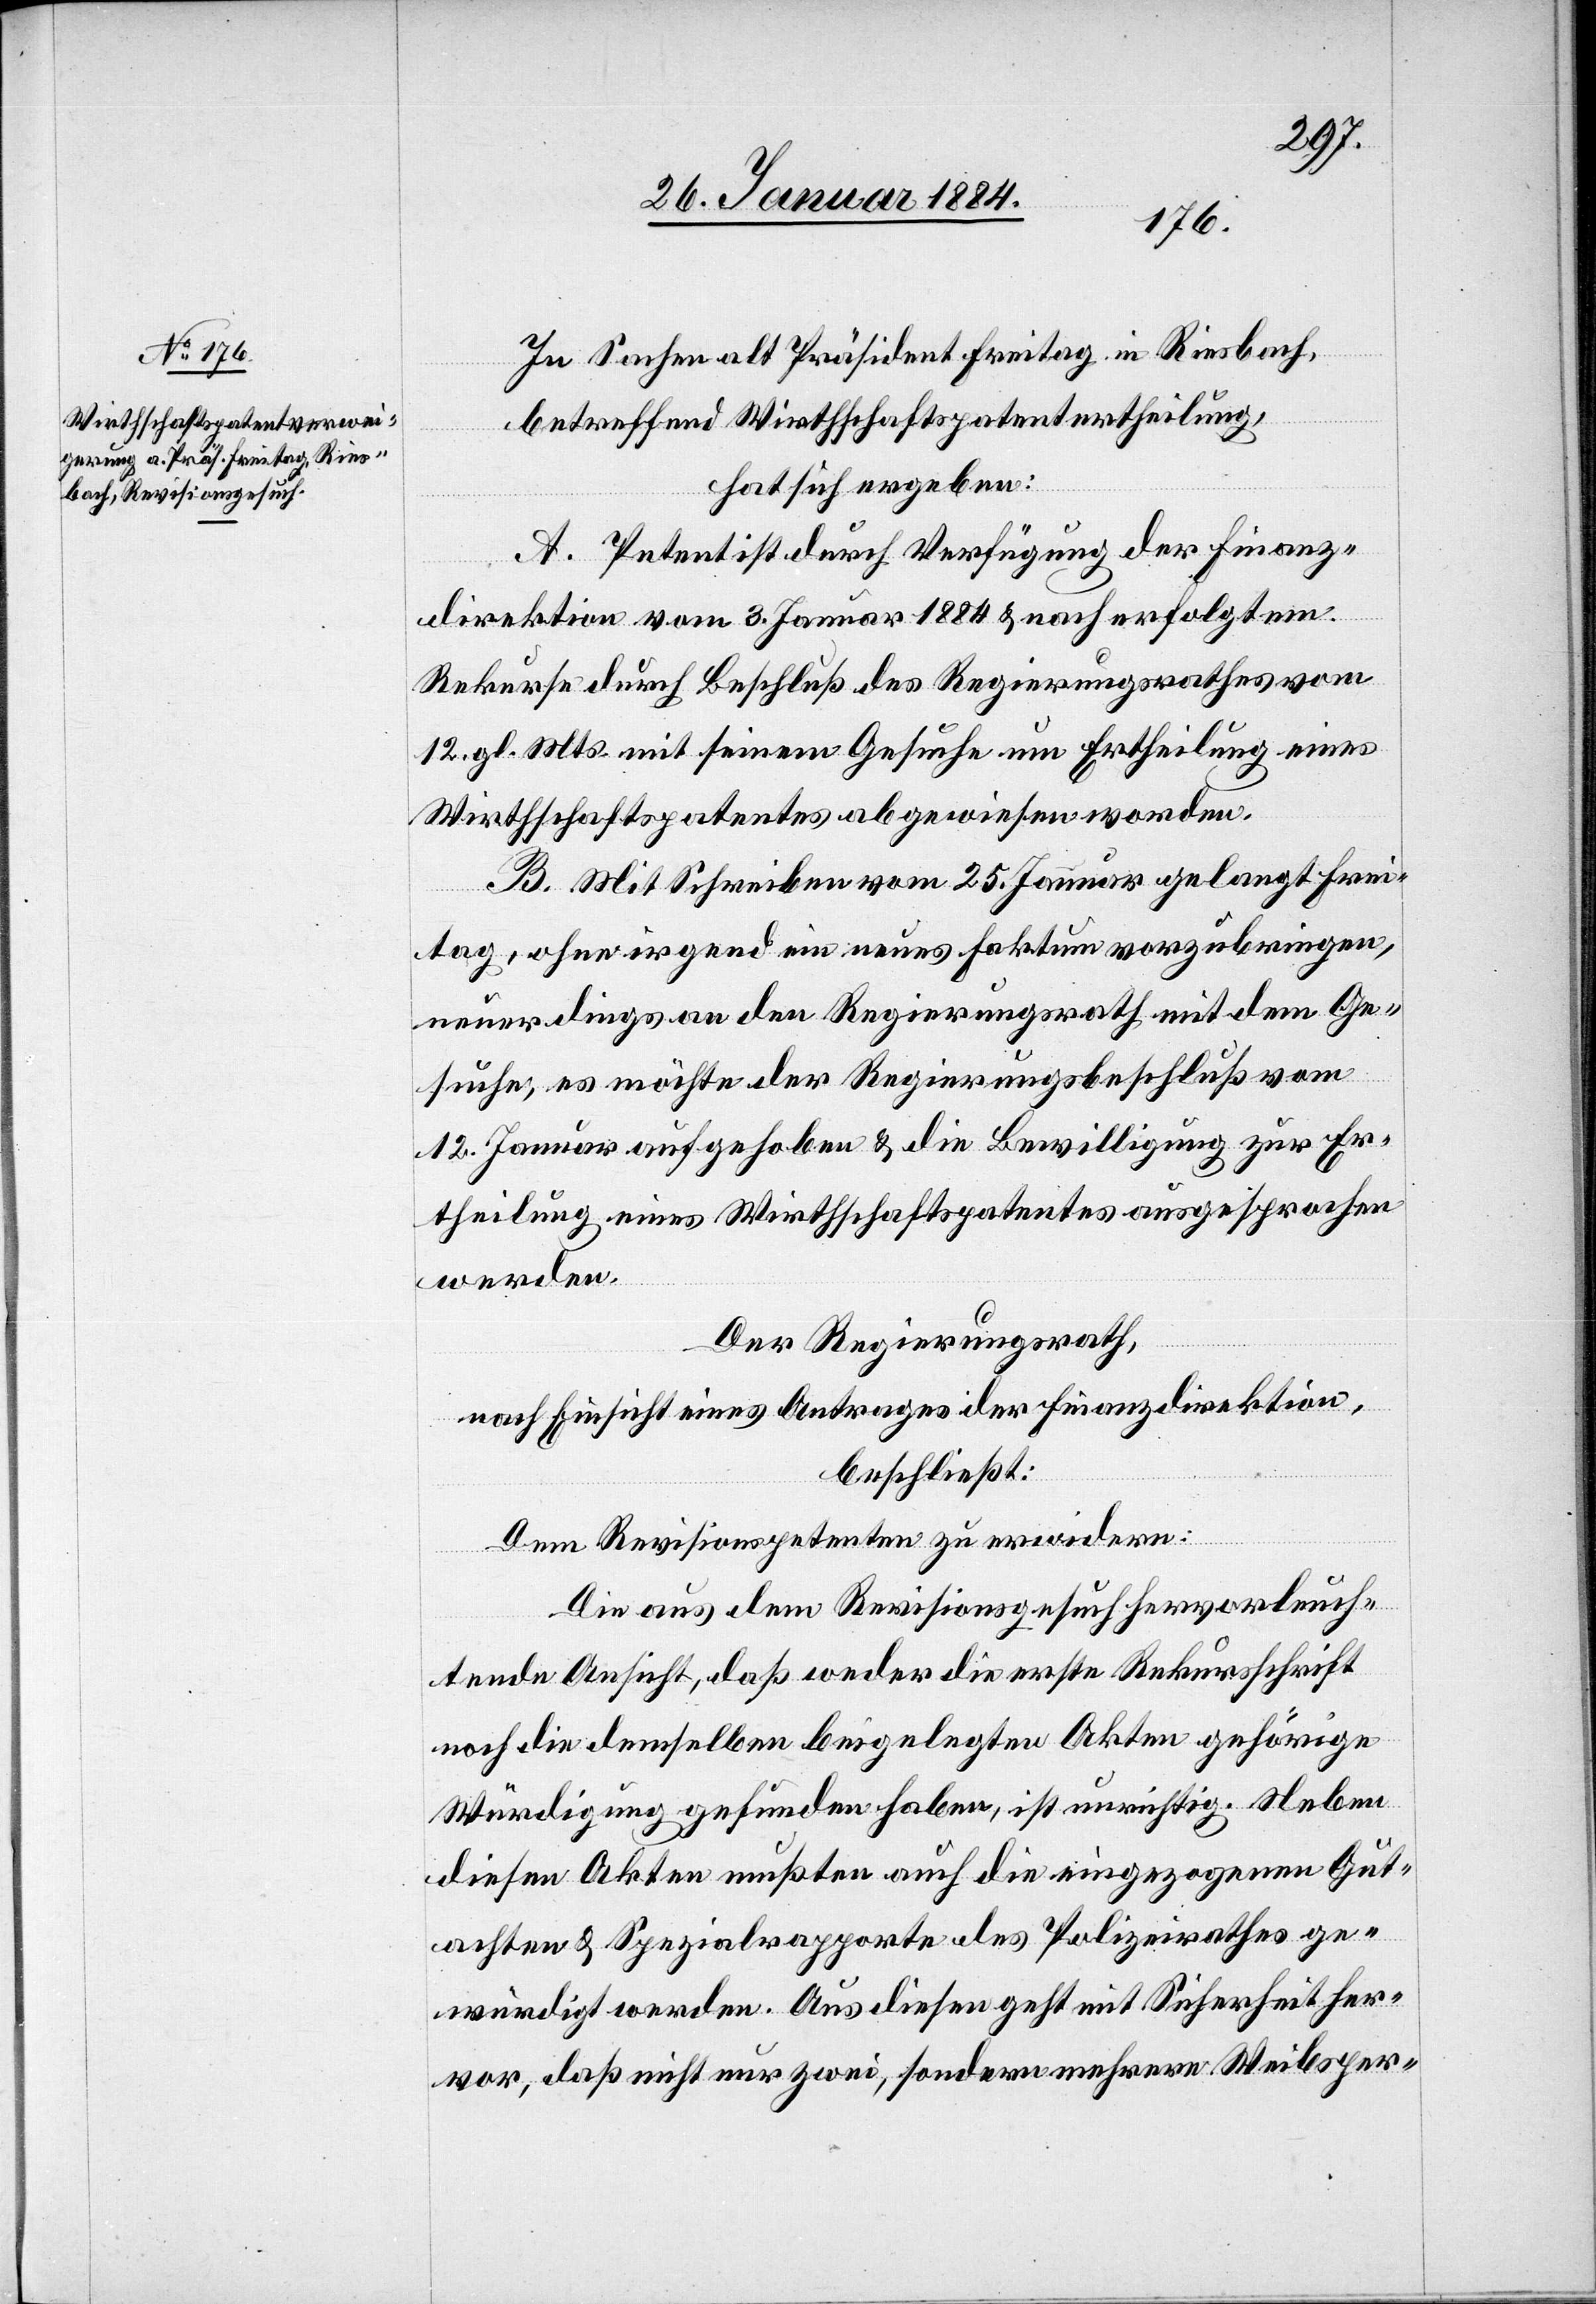
In Sachen als Präsident Freitag in Riesbach,
betreffend Wirthschaftspatentertheilung,
hat sich ergeben:
A. Petent ist durch Verfügung der Finanz¬
direktion vom 3. Januar 1884 & nach erfolgtem
Rekurse durch Beschluß des Regierungsrathes vom
12. gl. Mts. mit seinem Gesuche um Ertheilung eines
Wirthschaftspatentes abgewiesen worden.
B. Mit Schreiben vom 25. Januar gelangt Frei¬
tag, ohne irgend ein neues Faktum vorzubringen,
neuerdings an den Regierungsrath mit den Ge¬
suche, es möchte der Regierungsbeschluß vom
12. Januar aufgehoben & die Bewilligung zur Er¬
theilung eines Wirthschaftspatentes ausgesprochen
werden.
Der Regierungsrath,
nach Einsicht eines Antrages der Finanzdirektion,
beschließt:
Dem Revisionspetenten zu erwidern:
Die aus dem Revisionsgesuch hervorleuch¬
tende Ansicht, daß weder die erste Rekursschrift
noch die demselben beigelegten Akten gehörige
Würdigung gefunden haben, ist unrichtig. Neben
diesen Akten mußten auch die eingegangenen Gut¬
achten & Spezialrapporte des Polizeirathes ge¬
würdigt werden. Aus diesen geht mit Sicherheit her¬
vor, daß nicht nur zwei, sondern mehrere Weibsper-